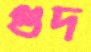
গুদ